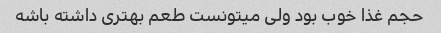
حجم غذا خوب بود ولی میتونست طعم بهتری داشته باشه